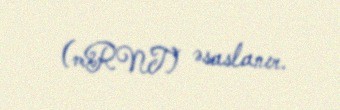
(mRNT) əsaslanır.